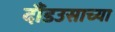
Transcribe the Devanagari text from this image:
दौंडउसाच्या